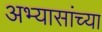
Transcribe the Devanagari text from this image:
अभ्यासांच्या